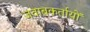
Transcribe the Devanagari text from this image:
जवाबकर्तायों